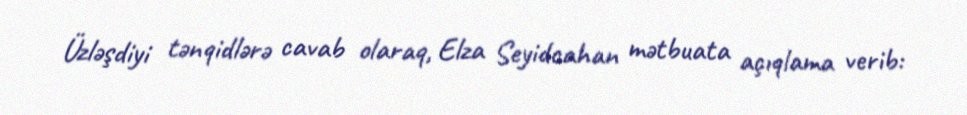
Üzləşdiyi tənqidlərə cavab olaraq, Elza Seyidcahan mətbuata açıqlama verib: